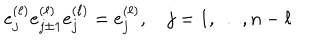
e _ { j } ^ { ( \ell ) } e _ { j \pm 1 } ^ { ( \ell ) } e _ { j } ^ { ( \ell ) } = e _ { j } ^ { ( \ell ) } , \quad j = 1 , \ldots , n - \ell